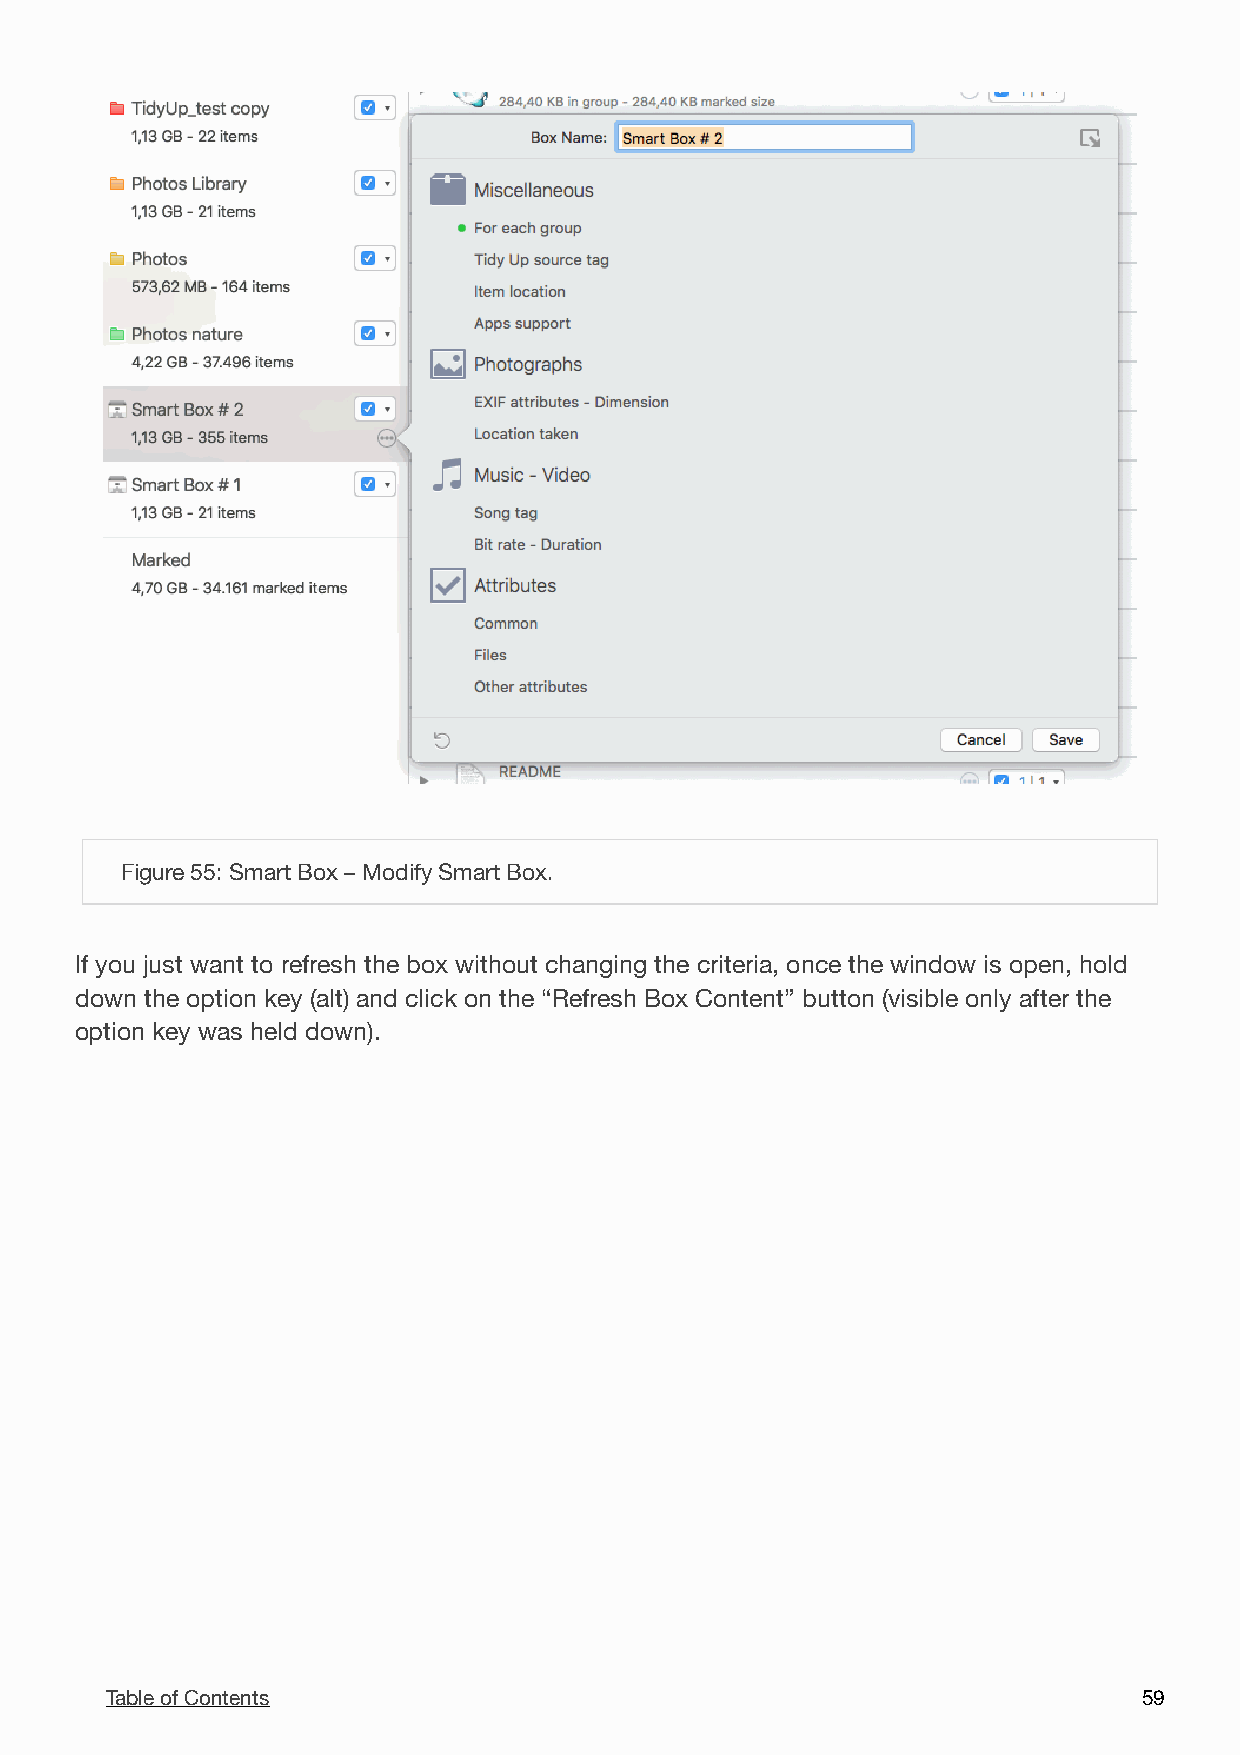
!
 Figure 55: Smart Box – Modify Smart Box.
 If you just want to refresh the box without changing the criteria, once the window is open, hold
 down the option key (alt) and click on the “Refresh Box Content” button (visible only after the
 option key was held down).
 Table of Contents                                                    5 9